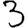
Digit: 3